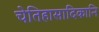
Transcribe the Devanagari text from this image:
चेतिहासादिकानि